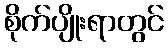
စိုက်ပျိုးရာတွင်